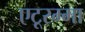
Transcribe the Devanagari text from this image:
एटूरम्मा